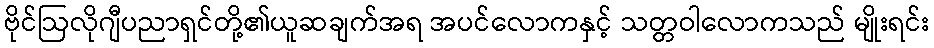
ဗိုင်ဩလိုဂျီပညာရှင်တို့၏ယူဆချက်အရ အပင်လောကနှင့် သတ္တဝါလောကသည် မျိုးရင်း